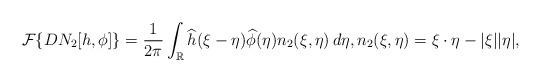
LaTeX: \begin{align*}\mathcal{F}\{DN_2[h,\phi]\}=\frac{1}{2\pi}\int_{\mathbb{R}}\widehat{h}(\xi-\eta)\widehat{\phi}(\eta)n_2(\xi,\eta)\,d\eta,n_2(\xi,\eta)=\xi\cdot\eta-|\xi||\eta|,\end{align*}